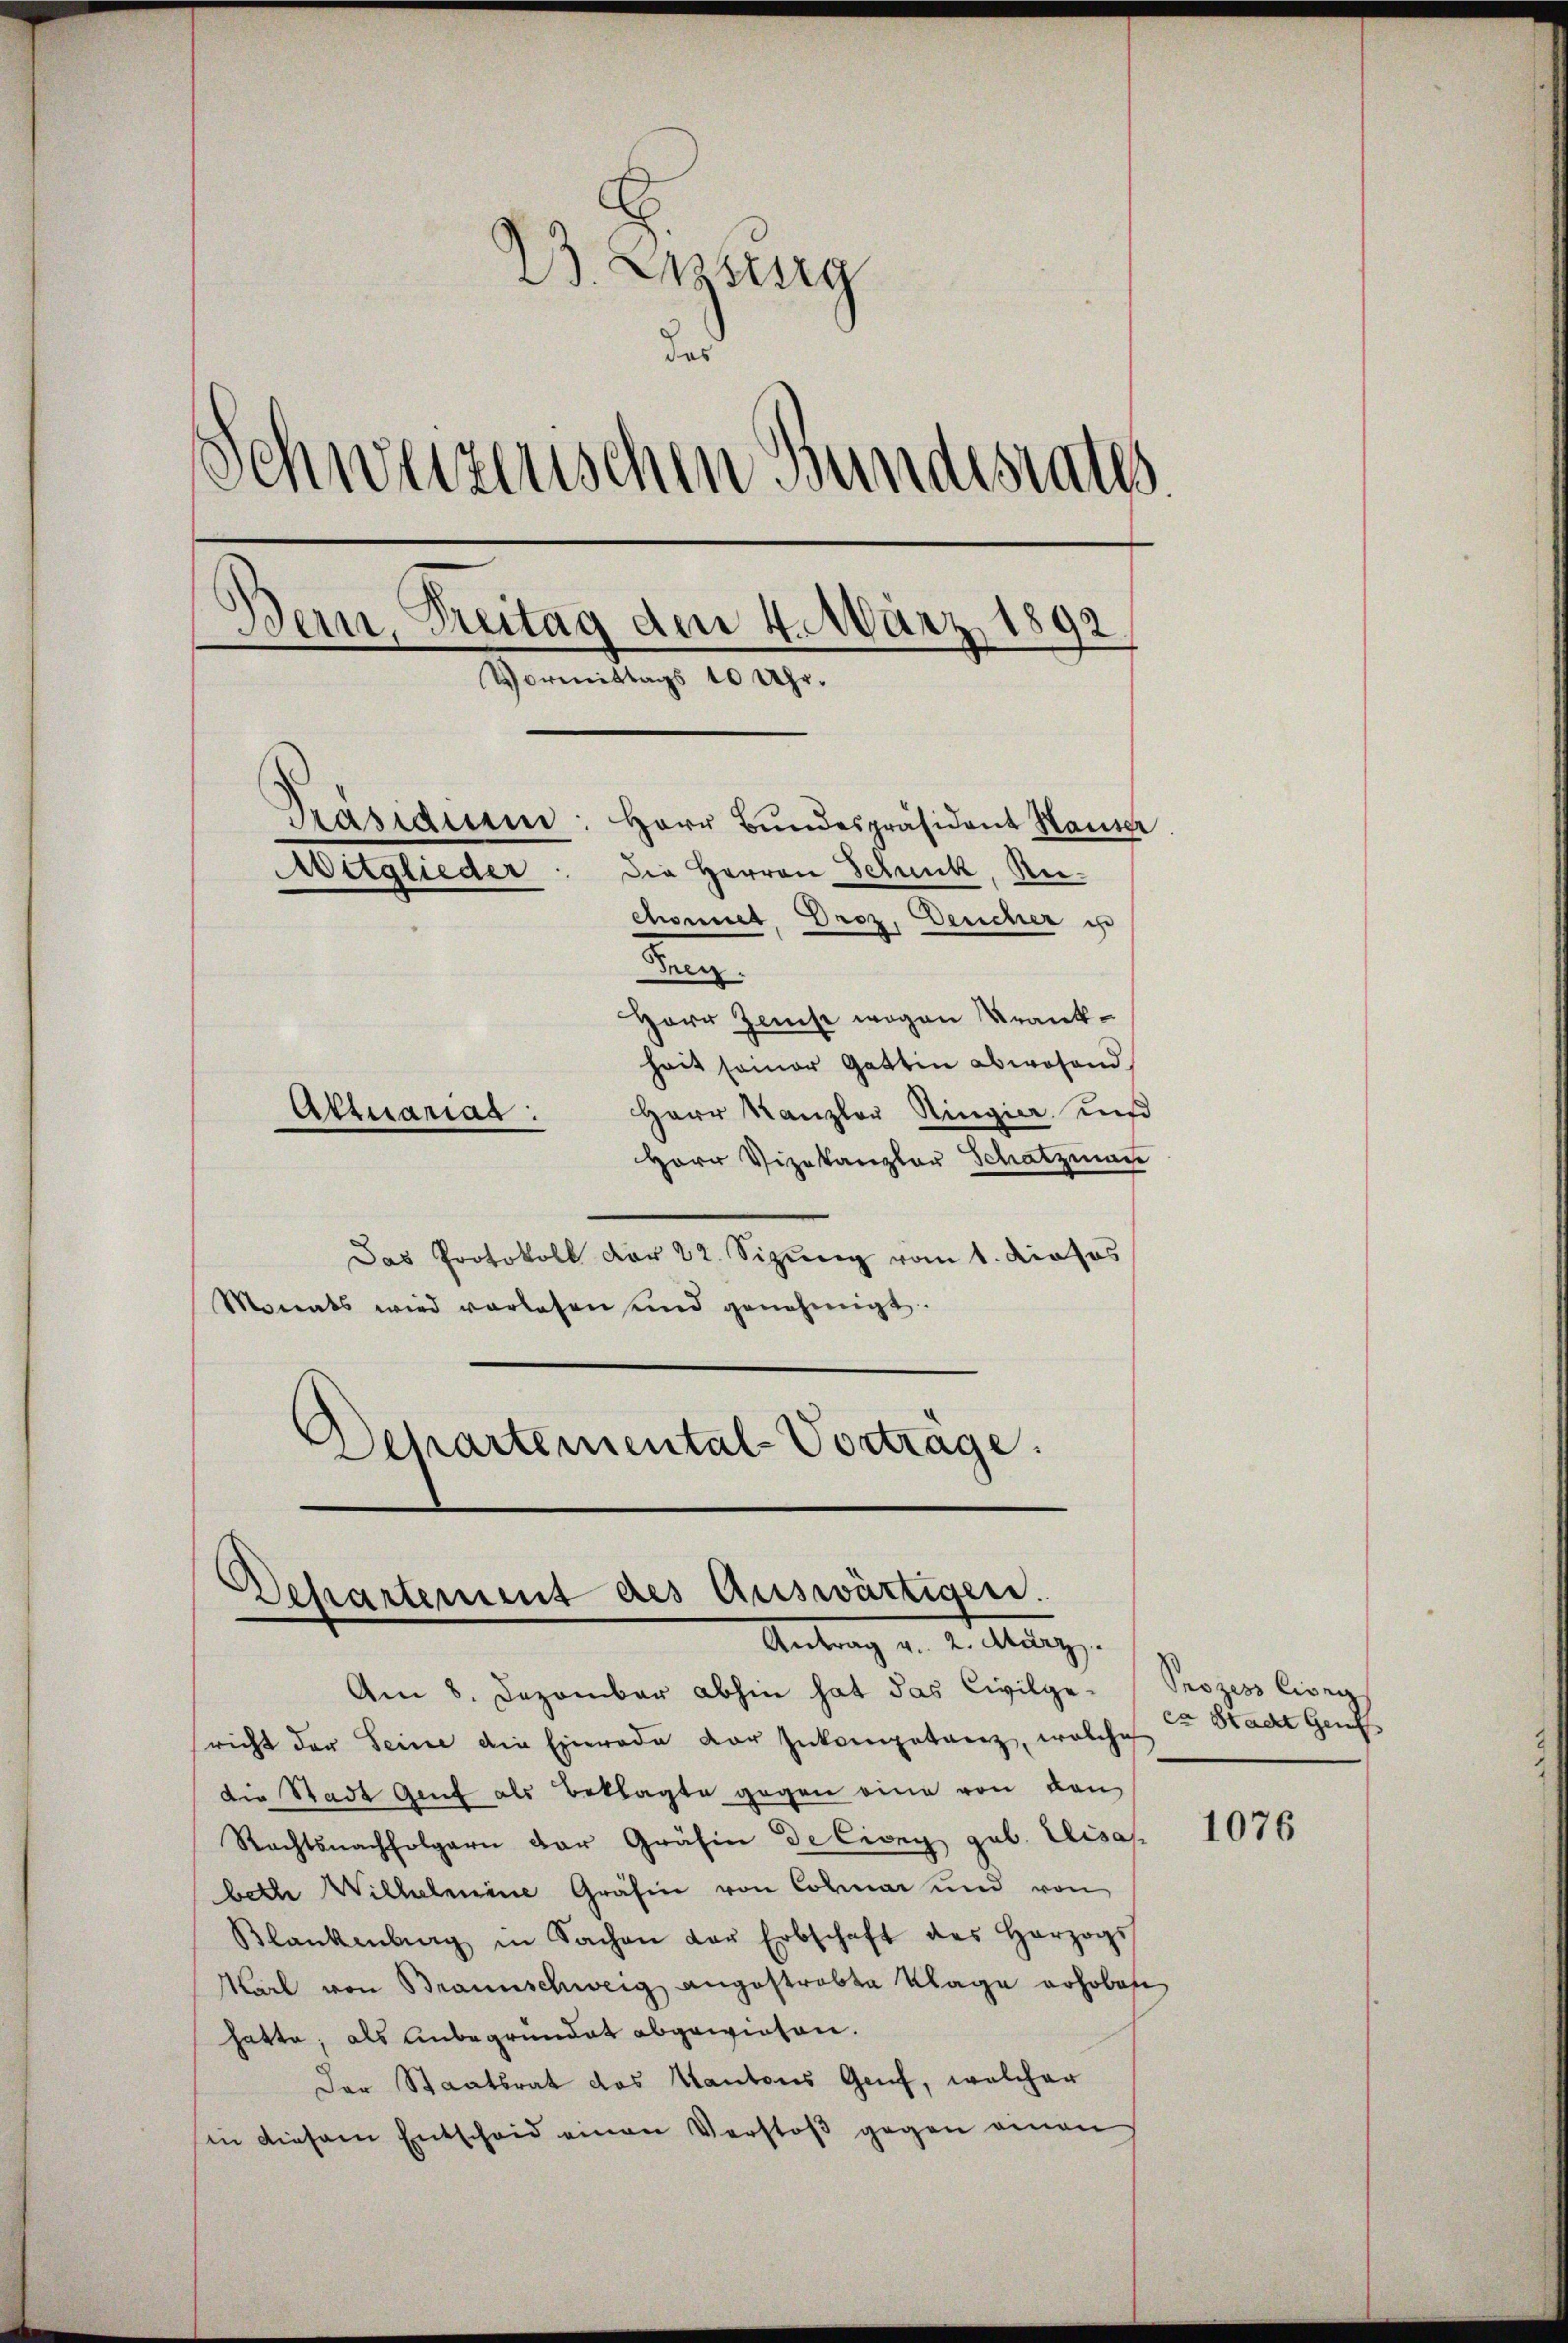
B. Weisung
das
Schweizerischen Bundesrates
Bern, Treitag dem 4. März 1892
Vormittags 10 Uhr.
Präsidium: Herr Bundespräsident Hauser
aglieder: Die Herren Schnik, Rechonnet, Droz, Deucher i
Frey.
Herr Zins wegen Krankheit seiner Gattin abwesend

Herr Kanzler Ringier und
Herr Vizekanzler Schatzmann
Das Protokoll der 22. Sizung vom 1. dieses
Monats wird vorlesen und genehmigt.
Departemental-Vortrage.

Aktuarias.

Departement des Auswärtigen.
Antrag v. 2. März.

Am 8. Dezember abhin hat das Civilge- Prozess livra
sricht der Seine die Einrade der Inkompetanz, welche
die Stadt Genf als Beklagte gegen eine von von
Rechtsnachfolgern der Gräfin de Civny gab. Elisas
beth Wilhelmine Gräfin von Colmar und von
Blankenburg in Sachen der Erbschaft des Herzogs
Karl von Braunschweig angestrabte Klage erhoben
hatte; als Anbegründet abgewiesen.
Der Staatsrat das Kantons Genf, welcher
in diesem Entscheid einen Verstoß gegen einen

ex Stadt Genf

1076